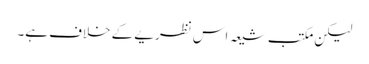
لیکن مکتب شیعہ اس نظریے کے خلاف ہے۔